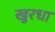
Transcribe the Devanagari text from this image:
खुरधा